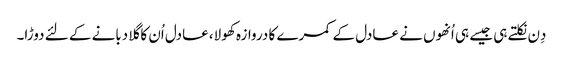
دِن نکلتے ہی جیسے ہی اُنھوں نے عادل کے کمرے کا دروازہ کھولا، عادل اُن کا گلا دبانے کے لئے دوڑا۔